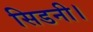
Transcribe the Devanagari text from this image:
सिडनी।